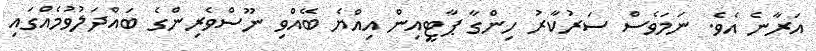
އަރާނެ އެވެ. ނަމަވެސް ސަރުކާރު ހިންގާ ޕާޓީއިން އިއްޔެ ބޭއްވި ނޫސްވެރިންގެ ބައްދަލުވުމެއްގައި